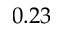
0 . 2 3